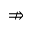
\nRightarrow